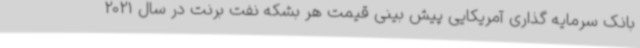
بانک سرمایه گذاری آمریکایی پیش بینی قیمت هر بشکه نفت برنت در سال 2021